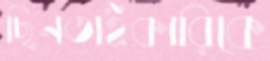
ছিনতাইকারিকে